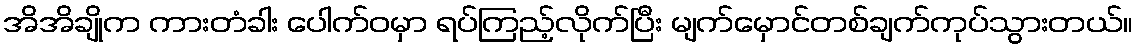
အိအိချိုက ကားတံခါး ပေါက်ဝမှာ ရပ်ကြည့်လိုက်ပြီး မျက်မှောင်တစ်ချက်ကုပ်သွားတယ်။